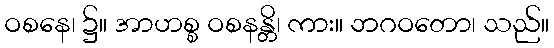
ဝစနေ၊ ၌။ အာဟစ္စ ဝစနန္တိ၊ ကား။ ဘဂဝတော၊ သည်။